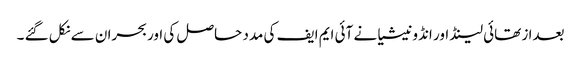
بعدا ز تھائی لینڈ اور انڈونیشیا نے آئی ایم ایف کی مدد حاصل کی اوربحران سے نکل گئے ۔